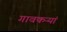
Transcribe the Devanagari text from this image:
गावकऱ्यां